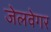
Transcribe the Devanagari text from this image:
जेलवेगर